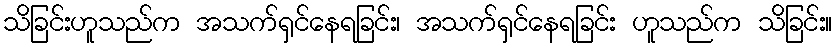
သိခြင်းဟူသည်က အသက်ရှင်နေရခြင်း၊ အသက်ရှင်နေရခြင်း ဟူသည်က သိခြင်း။